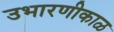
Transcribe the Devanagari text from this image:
उभारणीकाळ